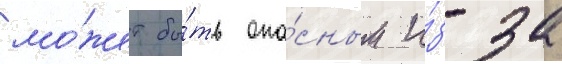
мо́жет бы́ть опа́сным и́з-за